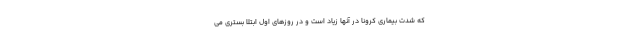
که شدت بیماری کرونا در آنها زیاد است و در روزهای اول ابتلا بستری می